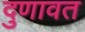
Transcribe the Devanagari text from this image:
दुणावत